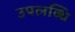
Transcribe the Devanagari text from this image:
उपलव्धि